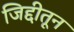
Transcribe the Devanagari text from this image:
जिद्दीतून